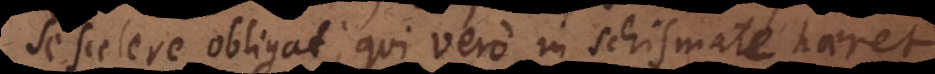
se scelere obligat; qui vero in schismate haeret